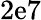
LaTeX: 2\mathrm{e}7